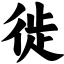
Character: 徙